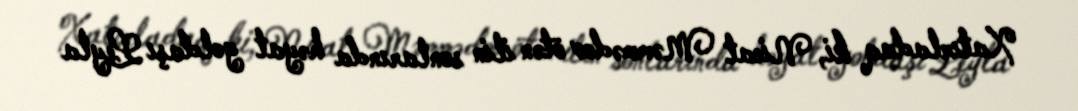
Xatırladaq ki, Nicat Məmmədov ötən ilin sonlarında həyat yoldaşı Leyla